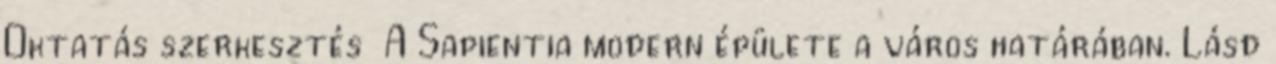
Oktatás szerkesztés A Sapientia modern épülete a város határában. Lásd